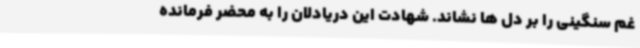
غم سنگینی را بر دل ها نشاند. شهادت این دریادلان را به محضر فرمانده